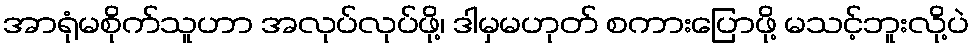
အာရုံမစိုက်သူဟာ အလုပ်လုပ်ဖို့၊ ဒါမှမဟုတ် စကားပြောဖို့ မသင့်ဘူးလို့ပဲ